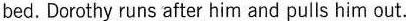
bed. Dorothy runs after him and pulls him out.